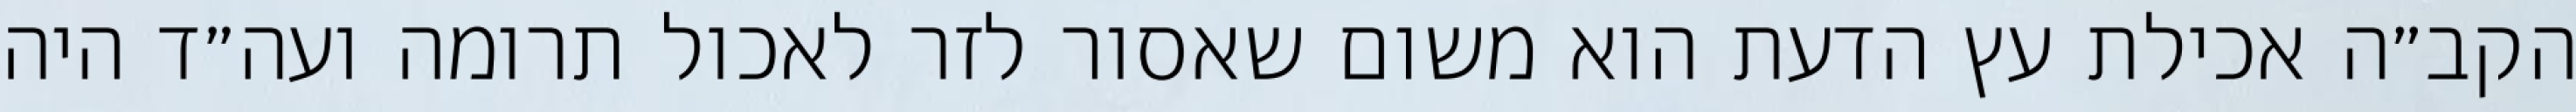
הקב״ה אכילת עץ הדעת הוא משום שאסור לזר לאכול תרומה ועה״ד היה